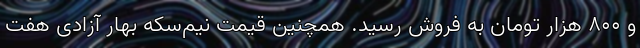
و ۸۰۰ هزار تومان به فروش رسید. همچنین قیمت نیم‌سکه بهار آزادی هفت